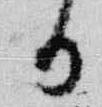
日